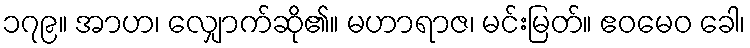
၁၇၉။ အာဟ၊ လျှောက်ဆို၏။ မဟာရာဇ၊ မင်းမြတ်။ ဧဝမေဝ ခေါ၊